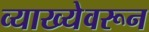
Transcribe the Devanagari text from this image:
व्याख्येवरून